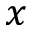
x